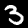
Digit: 3